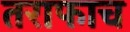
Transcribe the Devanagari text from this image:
तराफाच